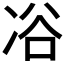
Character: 𠗖